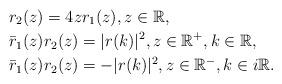
LaTeX: \begin{align*}&r_2(z)=4 z r_1(z), z \in \mathbb{R},\\&\bar{r}_1(z) r_2(z)=|r(k)|^2, z \in \mathbb{R}^{+}, k \in \mathbb{R}, \\& \bar{r}_1(z)r_2(z)=-|r(k)|^{2}, z \in \mathbb{R}^{-}, k \in i \mathbb{R}.\end{align*}